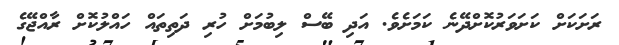
ރަށަކަށް ކަށަވަރުކޮށްދޭނެ ކަމަށެވެ. އަދި ބޭސް ލިބުމަށް ހުރި ދަތިތައް ހައްލުކޮށް ރާއްޖޭގެ